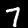
Label: 7